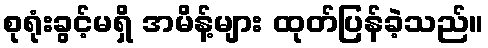
စုရုံးခွင့်မရှိ အမိန့်များ ထုတ်ပြန်ခဲ့သည်။